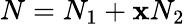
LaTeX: N=N_{1}+\mathbf{x}N_{2}